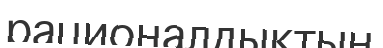
рационалдықтың